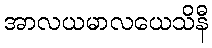
အာလယမာလယေသိနီ